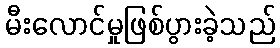
မီးလောင်မှုဖြစ်ပွားခဲ့သည်